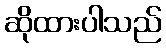
ဆိုထားပါသည်